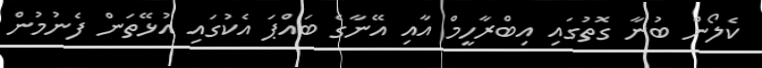
ކެލޯން ބުނާ ގޮތުގައި އިބްރާހީމް އާއި އޭނާގެ ބައްޕަ އެކުގައި އުޅޭތަން ފެނުމުން